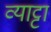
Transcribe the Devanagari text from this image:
व्याट्टा